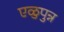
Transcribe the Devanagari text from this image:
एळुपुन्न